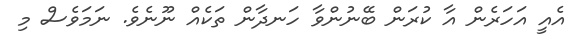
އެއީ އަހަރެން އާ ކުރަން ބޭނުންވާ ހަނދާން ތަކެއް ނޫނެވެ. ނަމަވެސް މި